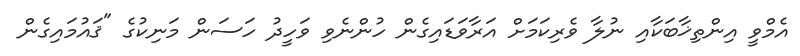
އެމްވީ އިންތިޚާބަކާއި ނުލާ ވެރިކަމަށް އަރާވަޑައިގެން ހުންނެވި ވަހީދު ހަސަން މަނިކުގެ "ޤައުމައިގެން